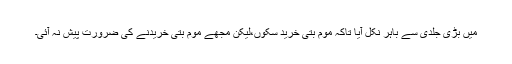
میں بڑی جلدی سے باہر نکل آیا تاکہ موم بتی خرید سکوں،لیکن مجھے موم بتی خریدنے کی ضرورت پیش نہ آئی۔